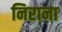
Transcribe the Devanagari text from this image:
निराना